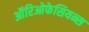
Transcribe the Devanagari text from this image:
ऑरिओफेसियन्स